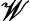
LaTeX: \mathscr{W}